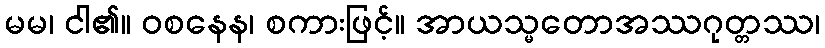
မမ၊ ငါ၏။ ဝစနေန၊ စကားဖြင့်။ အာယသ္မတောအဿဂုတ္တဿ၊